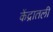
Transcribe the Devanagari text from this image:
केंद्रातली